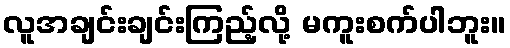
လူအချင်းချင်းကြည့်လို့ မကူးစက်ပါဘူး။